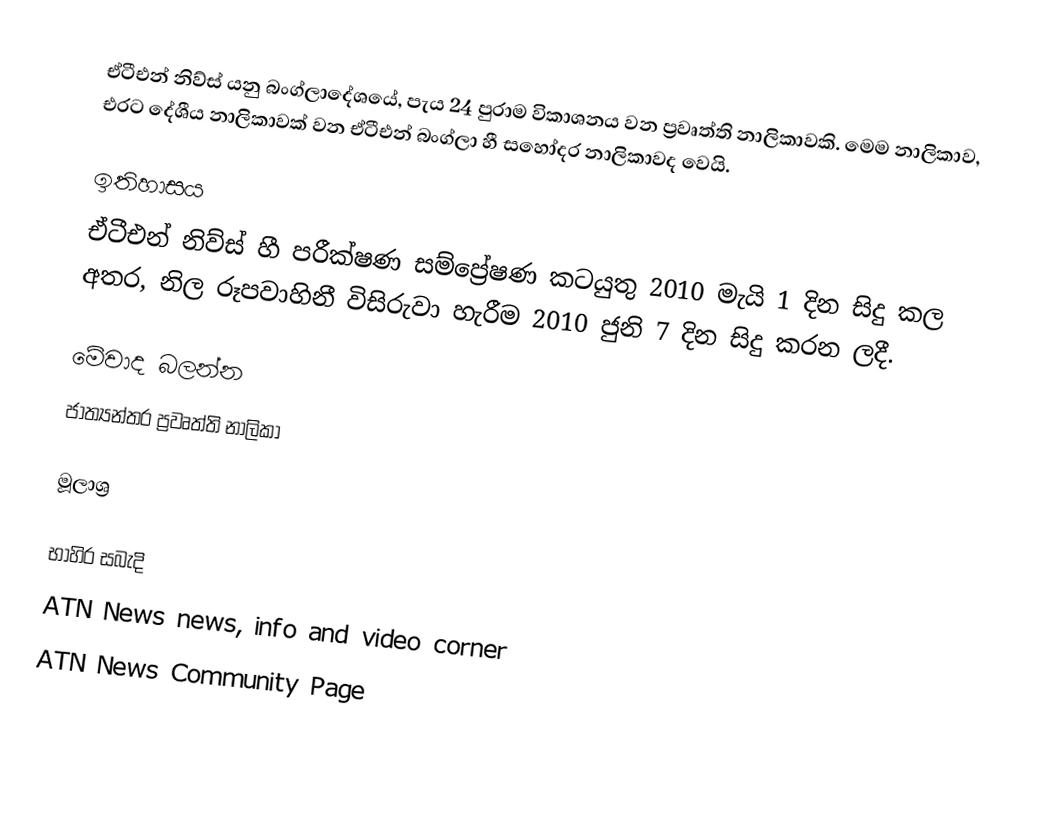
ඒටීඑන් නිව්ස් යනු බංග්ලාදේශයේ, පැය 24 පුරාම විකාශනය වන ප්‍රවෘත්ති නාලිකාවකි. මෙම නාලිකාව, එරට දේශීය නාලිකාවක් වන ඒටීඑන් බංග්ලා හී සහෝදර නාලිකාවද වෙයි.

ඉතිහාසය
ඒටීඑන් නිව්ස් හී පරීක්ෂණ සම්ප්‍රේෂණ කටයුතු 2010 මැයි 1 දින සිදු කල අතර, නිල රූපවාහිනී විසිරුවා හැරීම 2010 ජුනි 7 දින සිදු කරන ලදී.

මේවාද බලන්න
 ජාත්‍යන්තර ප්‍රවෘත්ති නාලිකා

මූලාශ්‍ර

භාහිර සබැදි
 ATN News news, info and video corner
 ATN News Community Page